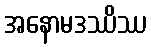
အနောမဒဿိဿ